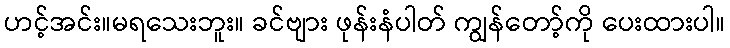
ဟင့်အင်း။မရသေးဘူး။ ခင်ဗျား ဖုန်းနံပါတ် ကျွန်တော့်ကို ပေးထားပါ။